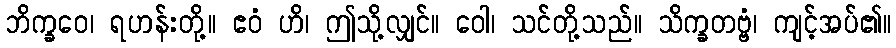
ဘိက္ခဝေ၊ ရဟန်းတို့။ ဧဝံ ဟိ၊ ဤသို့လျှင်။ ဝေါ၊ သင်တို့သည်။ သိက္ခတဗ္ဗံ၊ ကျင့်အပ်၏။